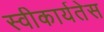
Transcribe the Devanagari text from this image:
स्वीकार्यतेस